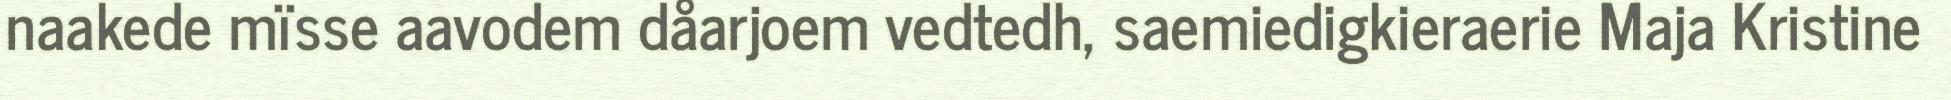
naakede mïsse aavodem dåarjoem vedtedh, saemiedigkieraerie Maja Kristine